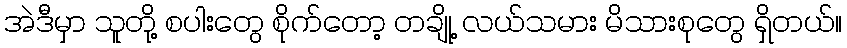
အဲဒီမှာ သူတို့ စပါးတွေ စိုက်တော့ တချို့ လယ်သမား မိသားစုတွေ ရှိတယ်။